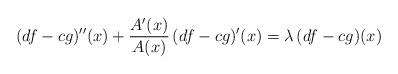
LaTeX: \begin{align*}(d f-c g)''(x)+\frac{A'(x)}{A(x)} \,(d f-c g)'(x)=\lambda\,(d f-c g)(x)\end{align*}